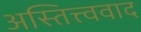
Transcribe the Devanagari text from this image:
अस्तित्त्ववाद